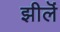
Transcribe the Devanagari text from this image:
झीलॆं